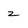
Character: z